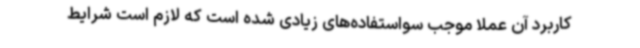
کاربرد آن عملاً ‌موجب سواستفاده‌های زیادی شده است که لازم است شرایط